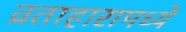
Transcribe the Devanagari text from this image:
व्रताहारामध्ये